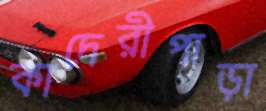
কাদেরীপাড়া